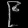
Digit: ၉